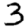
Digit: 3